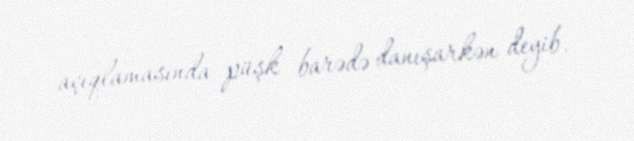
açıqlamasında püşk barədə danışarkən deyib.